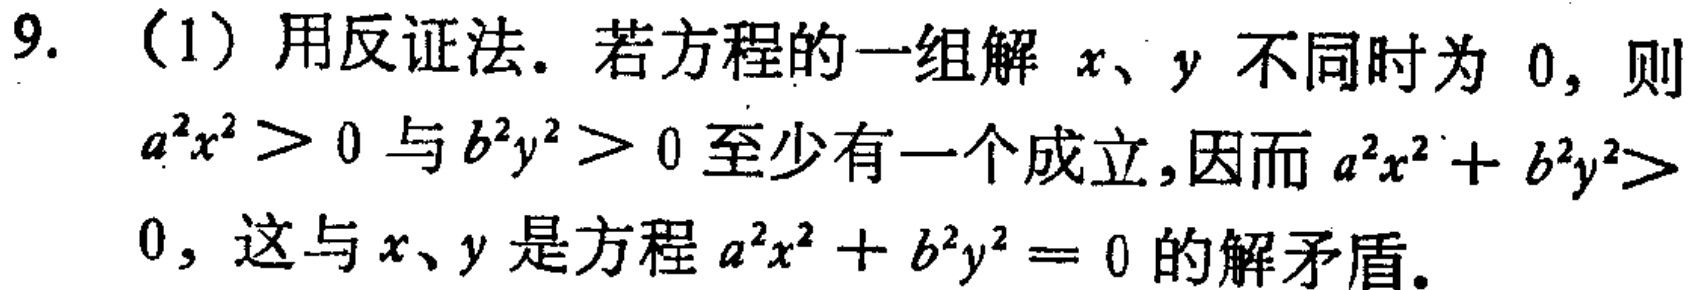
9. （1）用反证法. 若方程的一组解 \(x、y\) 不同时为 \(0\)，则 \(a^{2}x^{2}>0\) 与 \(b^{2}y^{2}>0\) 至少有一个成立,因而 \(a^{2}x^{2}+b^{2}y^{2}>0\)，这与 \(x、y\) 是方程 \(a^{2}x^{2}+b^{2}y^{2}=0\) 的解矛盾.